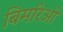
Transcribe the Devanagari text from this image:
बिमरिओ